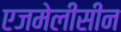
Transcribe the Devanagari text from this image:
एजमेलीसीन